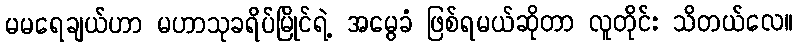
မမရေချယ်ဟာ မဟာသုခရိပ်မြိုင်ရဲ့ အမွေခံ ဖြစ်ရမယ်ဆိုတာ လူတိုင်း သိတယ်လေ။